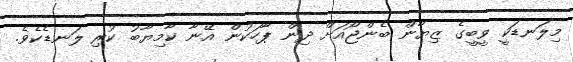
މިލަނޑަކީ ވީބީގެ ޒިޔާން ބެންޖޯއަށް ދިން ޕާހަކުން އޭނާ ކާމިޔާބު ކުރި ލަނޑެކެވެ.